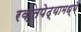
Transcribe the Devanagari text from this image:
रक्तपेढ्यामध्ये